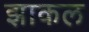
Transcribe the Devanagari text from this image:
झाकल